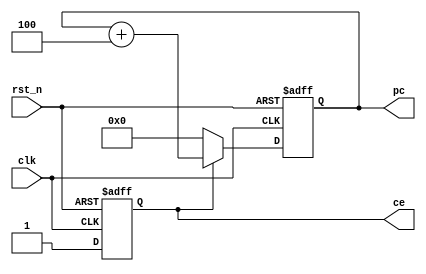
/*
writtern by Yuyang Zhou, 
for the MIPS32 processor Jahangir pipeline stage1
to increase the instruction address by 4 for every clk period
*/
module pc(
    input                   clk,
    input                   rst_n,
    //output siganl, the bitwidth of the instruction has 32 bits
    output  reg  [31:0]     pc,
    //to confirm whether the module is enabled or not
    output  reg             ce
);

//===================================================================
//the logic of signal ce, indicating that the address is being added by 4
always @(posedge clk or negedge rst_n)begin
    if(!rst_n)begin
        ce<=1'b0;
    end
    else begin
        ce<=1'b1;
    end
end
//the module of signal pc, transmitted to the next module to tell the address of the next instruction
//the reason why we add 4 here is because that there are 4 bytes (8bits for 1 byte) in one instruction, 
//thus 4 bytes need to be skipped to jump to next instruction
always @(posedge clk or negedge rst_n)begin
    if(!rst_n)begin
        pc<=32'h0000_0000;
    end
    else if(ce==1'b0)begin
        pc<=32'h0000_0000;
    end
    else begin
        pc<=pc+'h4;
    end
end

endmodule